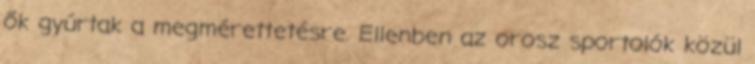
ők gyúrtak a megmérettetésre. Ellenben az orosz sportolók közül